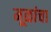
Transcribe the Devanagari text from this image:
मूळांचा